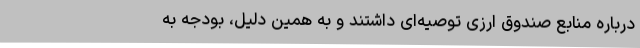
درباره منابع صندوق ارزی توصیه‌ای داشتند و به همین دلیل، بودجه به